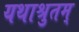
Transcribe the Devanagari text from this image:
यथाश्रुतम्